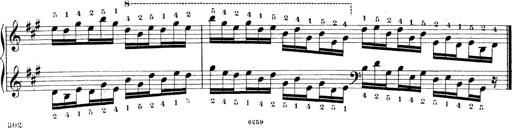
Title: Technische Studien
Composer: Franz Liszt